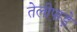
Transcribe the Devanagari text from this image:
तेलीपाड़े